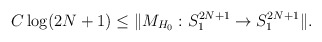
\begin{align*}C \log(2N+1) \leq \Vert M_{ H_0 }: S_{1}^{2N+1} \rightarrow S_{1}^{2N+1} \Vert.\end{align*}